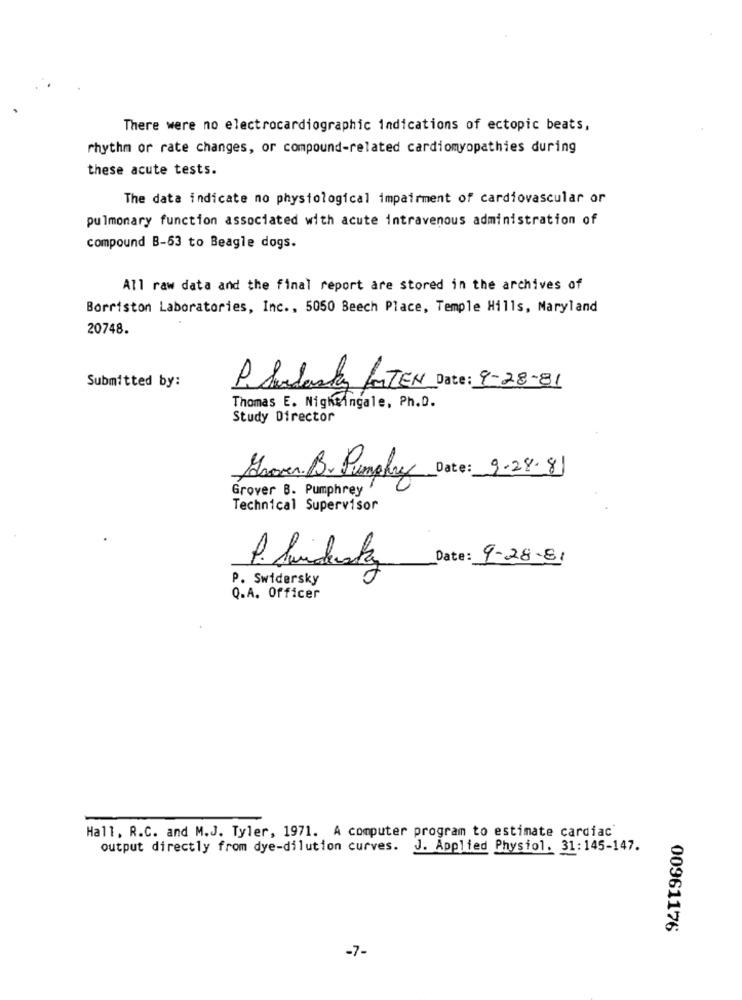
There were no electrocardiogramdications of ectopic beats,
rhythm or rate changes, or compound-related cardiomyopathies during
these acute tests.
The data indicate no physiological impairment of cardiovascular or
pulmonary function associated with acute intravenous administration of
compound B-63 to Beagle dogs.
All raw data and the final report are stored in the archives of
Borriston Laboratories, Inc ., 5050 Beech Place, Temple Hills, Maryland
20748.
Submitted by:
P. Srdarty LITEN Date: 9-28-81
Thomas E. Nightingale, Ph.D.
Study Director
Grover. B. Pumphry Date: 9.28.81
Grover B. Pumphrey
Technical Supervisor
Date: 9-28-81
P. Swidersky
oft
Q.A. Officer
Hall. R.C. and M.J. Tyler, 1971. A computer program to estimate cardiac'
output directly from dye-dilution curves. J. Applied Physiol. 31:145-147.
00961176
-7-